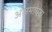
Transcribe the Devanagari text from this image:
अलमायदा